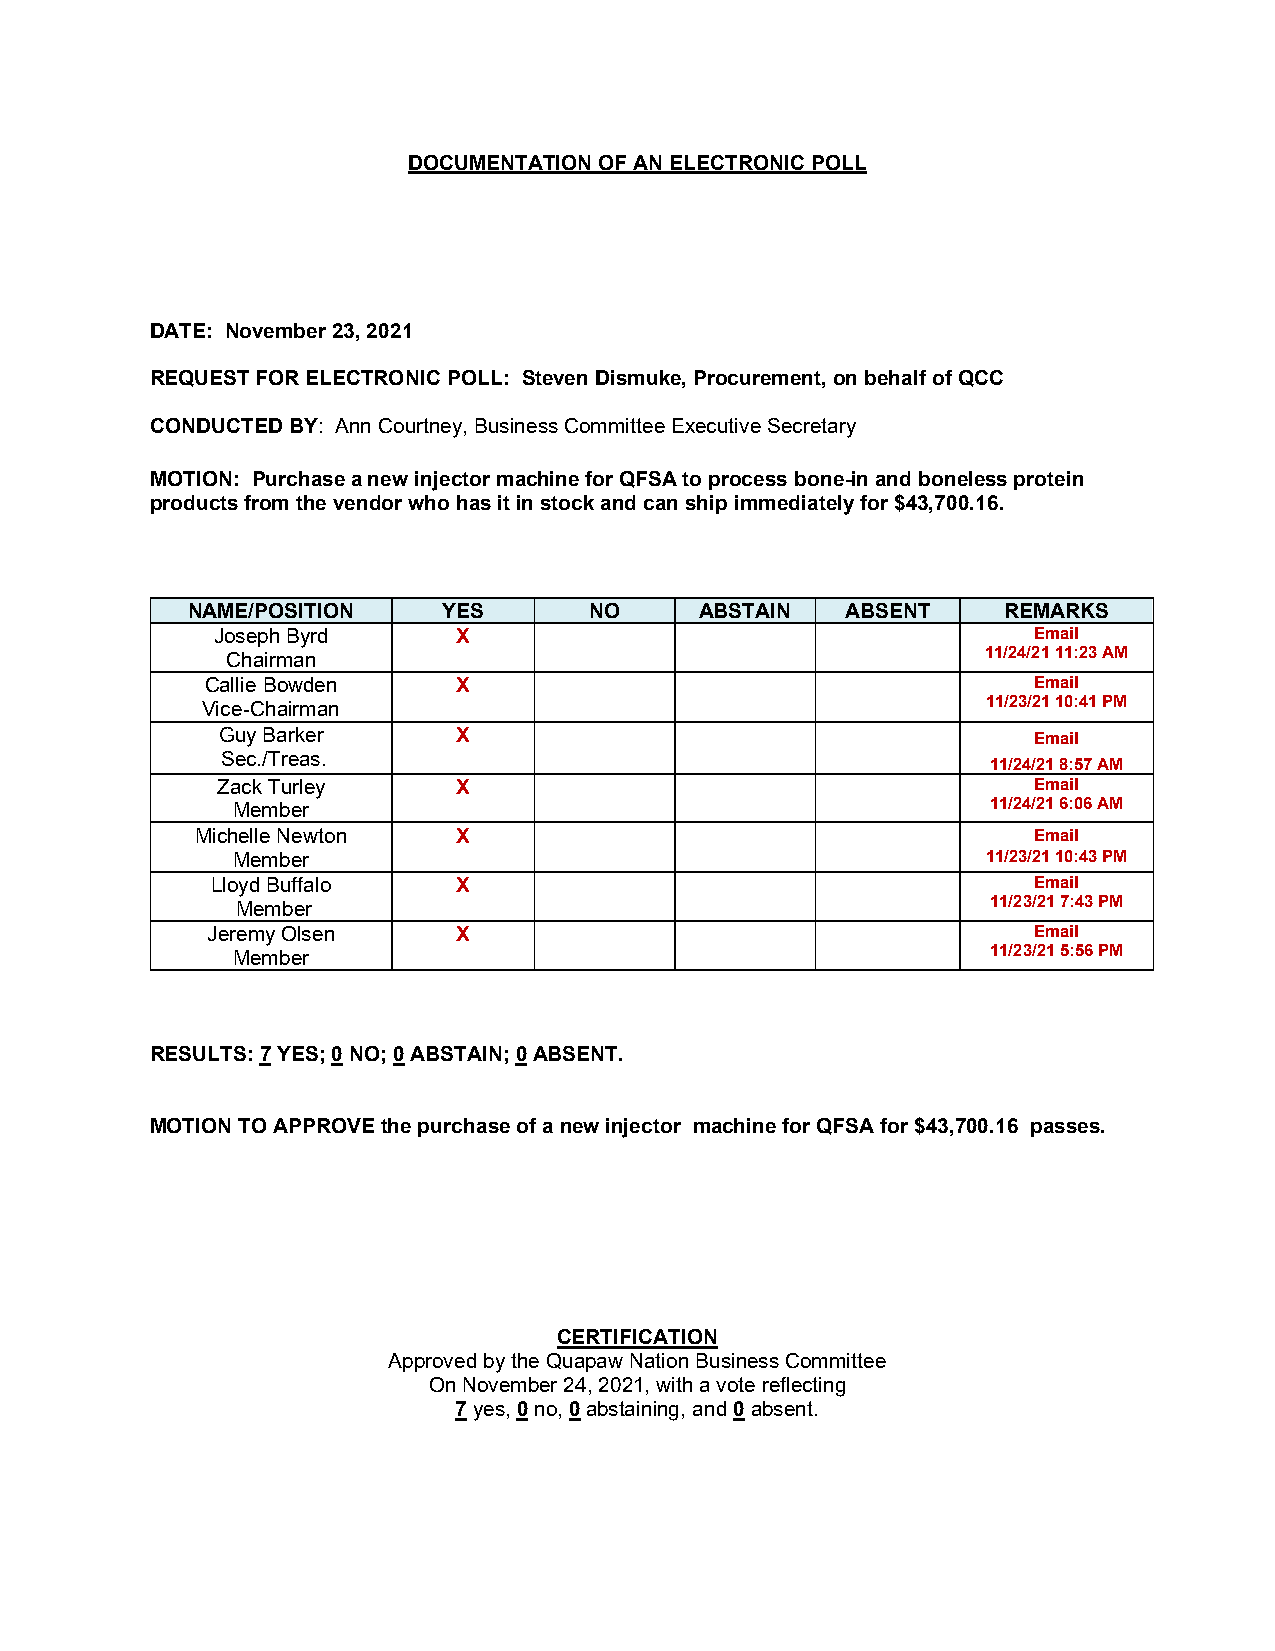
DOCUMENTATION OF AN ELECTRONIC POLL
 DATE: November 23, 2021
 REQUEST FOR ELECTRONIC POLL: Steven Dismuke, Procurement, on behalf of QCC
 CONDUCTED BY: Ann Courtney, Business Committee Executive Secretary
 MOTION: Purchase a new injector machine for QFSA to process bone-in and boneless protein
 products from the vendor who has it in stock and can ship immediately for $43,700.16.
 NAME/POSITION    YES       NO     ABSTAIN   ABSENT    REMARKS
 Joseph Byrd     X                                     Email
 Chairman                                          11/24/21 11:23 AM
 Callie Bowden   X                                     Email
 Vice-Chairman                                       11/23/21 10:41 PM
 Guy Barker      X                                     Email
 Sec./Treas.
 11/24/21 8:57 AM
 Zack Turley     X                                     Email
 Member                                             11/24/21 6:06 AM
 Michelle Newton  X                                     Email
 Member                                            11/23/21 10:43 PM
 Lloyd Buffalo   X                                     Email
 Member                                            11/23/21 7:43 PM
 Jeremy Olsen    X                                     Email
 Member                                             11/23/21 5:56 PM
 RESULTS: 7 YES; 0 NO; 0 ABSTAIN; 0 ABSENT.
 MOTION TO APPROVE the purchase of a new injector machine for QFSA for $43,700.16 passes.
 CERTIFICATION
 Approved by the Quapaw Nation Business Committee
 On November 24, 2021, with a vote reflecting
 7 yes, 0 no, 0 abstaining, and 0 absent.